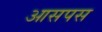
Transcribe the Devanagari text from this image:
आसपस